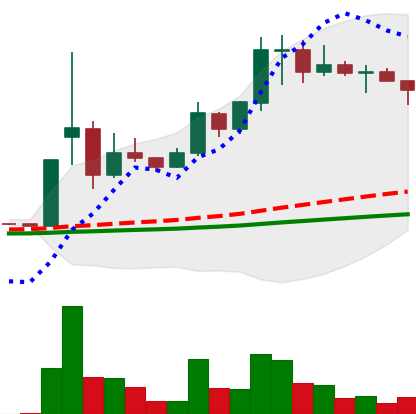
Ticker: DOGE-USD
Chart end date: 2021-02-14
Forward return: -11.83%
Label: down_7plus